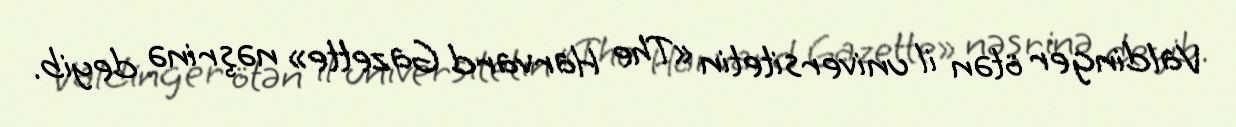
Valdinger ötən il universitetin «The Harvard Gazette» nəşrinə deyib.